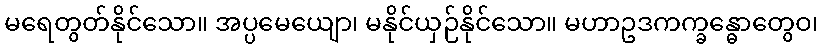
မရေတွတ်နိုင်သော။ အပ္ပမေယျော၊ မနိုင်ယှဉ်နိုင်သော။ မဟာဥဒကက္ခန္ဓောတွေဝ၊